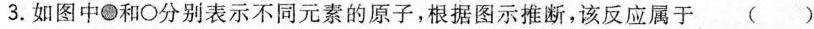
3.如图中●和○分别表示不同元素的原子，根据图示推断，该反应属于()